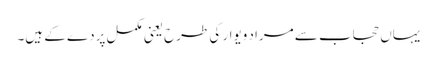
یہاں حجاب سے مراد ویوار کی طرح یعنی مکمل پردے کے ہیں۔